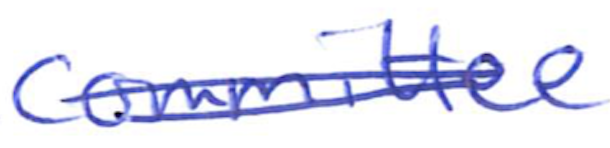
Text: Committee
Cross-out: double-line
Writing tool: ballpoint